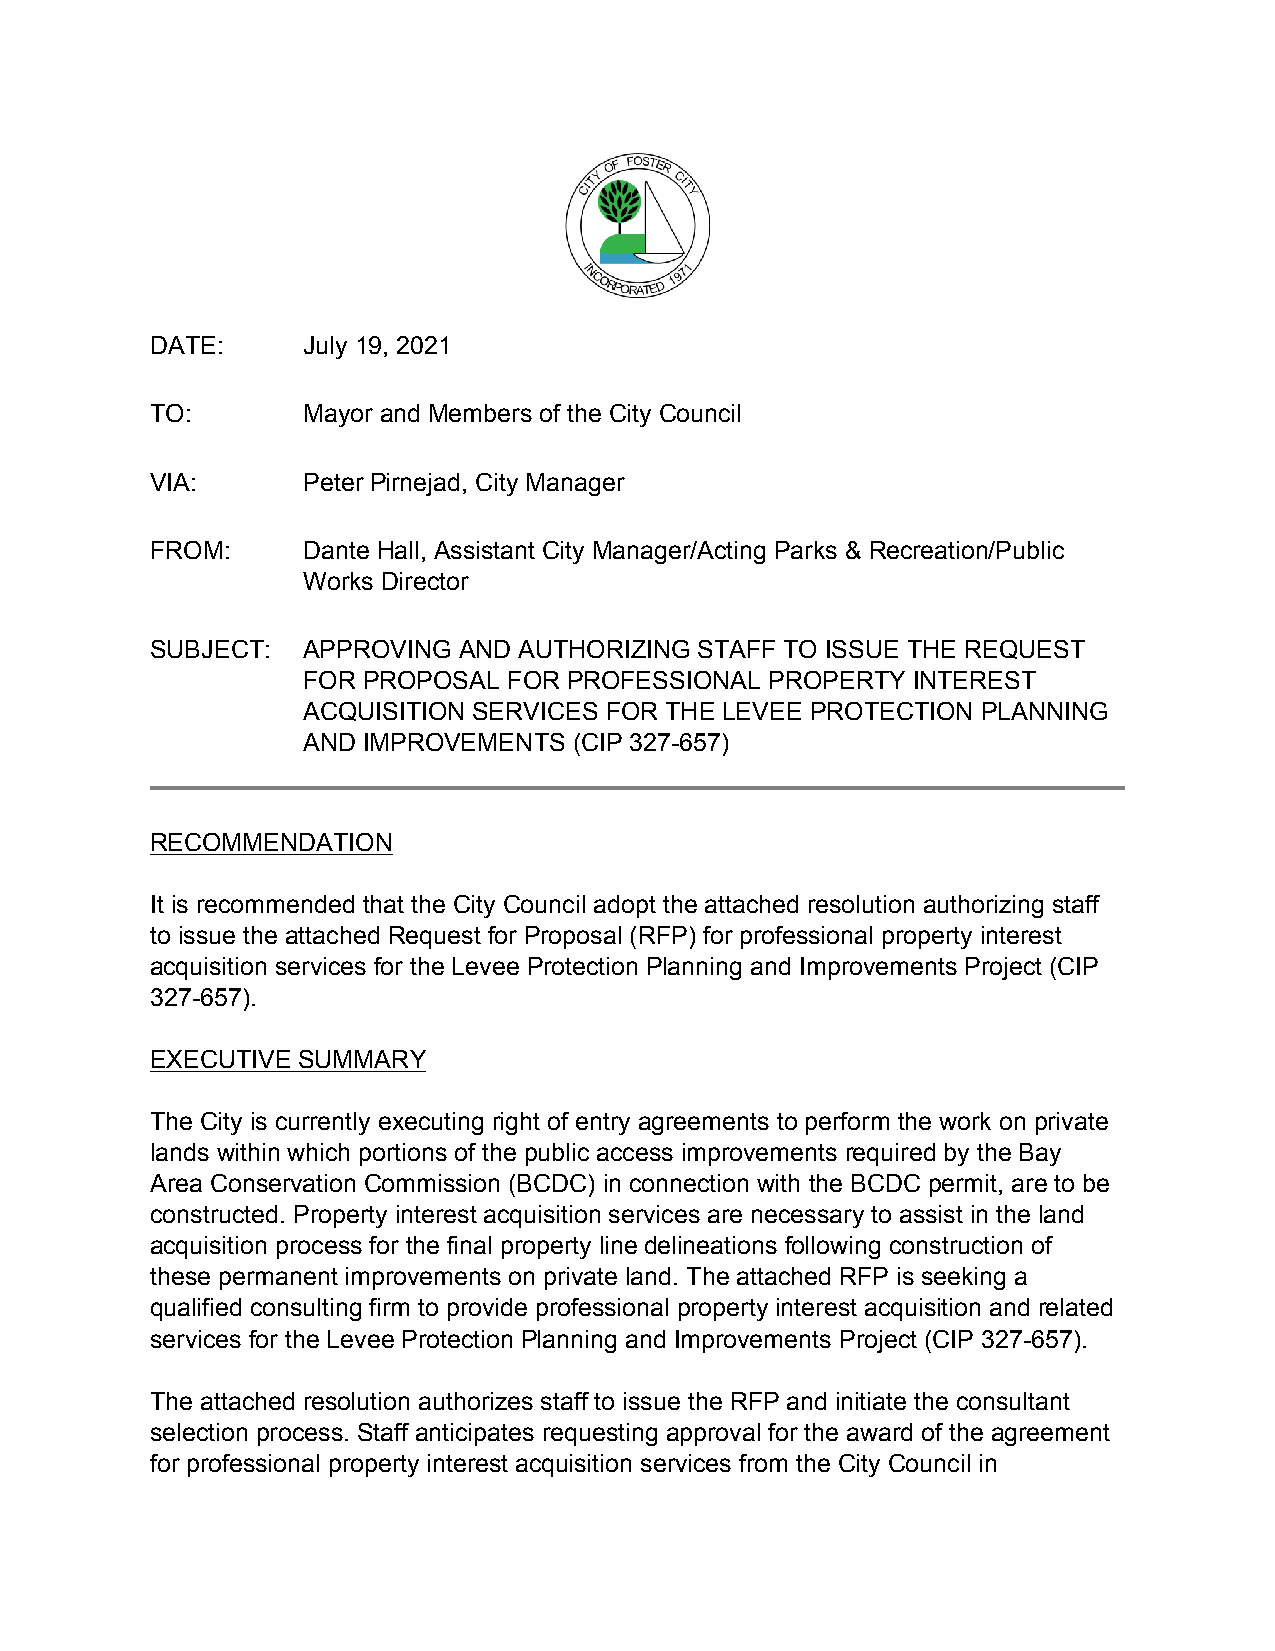
DATE:     July 19, 2021
 TO:       Mayor and Members of the City Council
 VIA:      Peter Pirnejad, City Manager
 FROM:     Dante Hall, Assistant City Manager/Acting Parks & Recreation/Public
 Works Director
 SUBJECT:  APPROVING AND AUTHORIZING STAFF TO ISSUE THE REQUEST
 FOR PROPOSAL  FOR PROFESSIONAL PROPERTY INTEREST
 ACQUISITION SERVICES FOR THE LEVEE PROTECTION PLANNING
 AND IMPROVEMENTS  (CIP 327-657)
 RECOMMENDATION
 It is recommended that the City Council adopt the attached resolution authorizing staff
 to issue the attached Request for Proposal (RFP) for professional property interest
 acquisition services for the Levee Protection Planning and Improvements Project (CIP
 327-657).
 EXECUTIVE SUMMARY
 The City is currently executing right of entry agreements to perform the work on private
 lands within which portions of the public access improvements required by the Bay
 Area Conservation Commission (BCDC) in connection with the BCDC permit, are to be
 constructed. Property interest acquisition services are necessary to assist in the land
 acquisition process for the final property line delineations following construction of
 these permanent improvements on private land. The attached RFP is seeking a
 qualified consulting firm to provide professional property interest acquisition and related
 services for the Levee Protection Planning and Improvements Project (CIP 327-657).
 The attached resolution authorizes staff to issue the RFP and initiate the consultant
 selection process. Staff anticipates requesting approval for the award of the agreement
 for professional property interest acquisition services from the City Council in